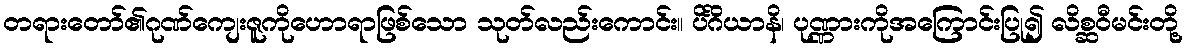
တရားတော်၏ဂုဏ်ကျေးဇူကိုဟောရာဖြစ်သော သုတ်လည်းကောင်း။ ပိင်္ဂိယာနိ၊ ပုဏ္ဏားကိုအကြောင်းပြု၍ လိစ္ဆဝီမင်းတို့